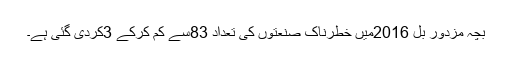
بچہ مزدور بل 2016میں خطرناک صنعتوں کی تعداد 83سے کم کرکے 3کردی گئی ہے۔